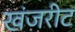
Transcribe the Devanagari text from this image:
खंजरीट